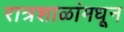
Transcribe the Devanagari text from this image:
रात्रशाळांमधून